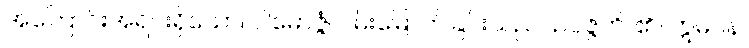
အကြောင်းအရင်းရှိသော။ ပါမောဇ္ဇံ၊ ဝမ်းမြောက်ခြင်းသည်။ ဥပ္ပဇ္ဇတိ၊ ၏။ ဣဓပန၊